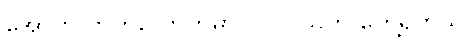
အောက် ဘက်လောက်မှာ ပင်လယ်ကို တွေ့ရတယ်။